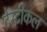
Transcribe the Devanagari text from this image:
टेस्टीकल